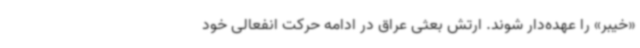
«خیبر» را عهده‌دار شوند. ارتش بعثی عراق در ادامه حرکت انفعالی خود